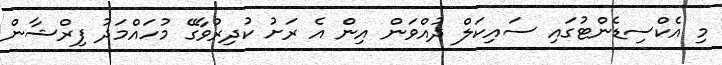
މި އެކްސިޑެންޓުގައި ސައިކަލް ދުއްވަން އިން އެ ރަށު ކުދިރުވާގޭ މުހައްމަދު ފިރްޝާން